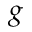
g